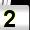
Digit: 2